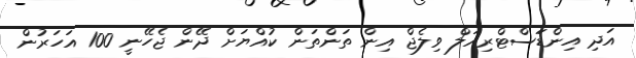
އަދި އިންޑަަސްޓްރިއަލް ވިލެޖް އިން ތަންތަން ކުއްޔަށް ދޭން ޖެހޭނީ 100 އަހަރުން